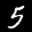
Label: 5